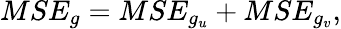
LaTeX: MSE_{g}=MSE_{g_{u}}+MSE_{g_{v}},